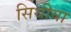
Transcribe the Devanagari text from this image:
सिथीया